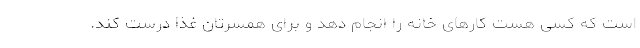
است که کسی هست کارهای خانه را انجام دهد و برای همسرتان غذا درست کند.